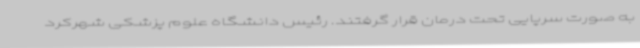
به صورت سرپایی تحت درمان قرار گرفتند. رئیس دانشگاه علوم پزشکی شهرکرد